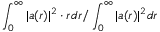
\int _ { 0 } ^ { \infty } \vert a ( r ) \vert ^ { 2 } \cdot r d r / \int _ { 0 } ^ { \infty } \vert a ( r ) \vert ^ { 2 } d r